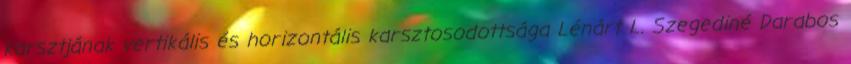
karsztjának vertikális és horizontális karsztosodottsága Lénárt L. Szegediné Darabos